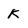
Character: k